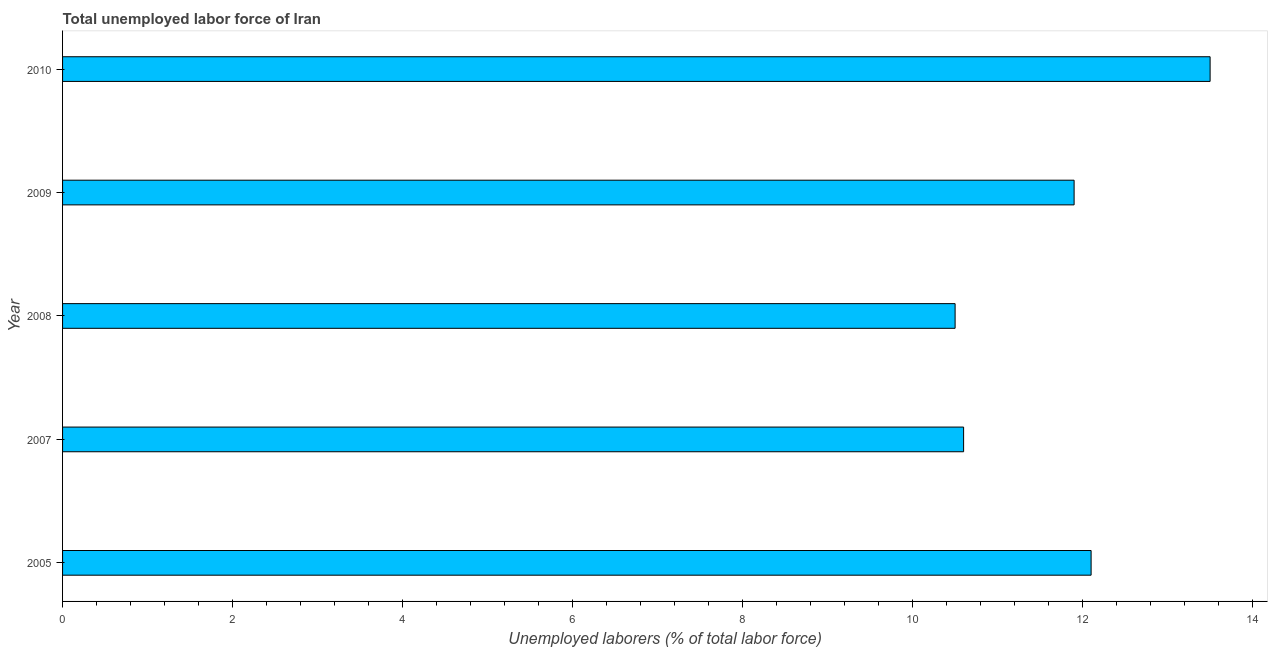
| Year | Unemployment total |
 | --- | --- |
 | 2005 | 12.1 |
 | 2007 | 10.6 |
 | 2008 | 10.5 |
 | 2009 | 11.9 |
 | 2010 | 13.5 |